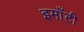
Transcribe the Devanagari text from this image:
इमाँटी